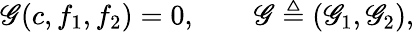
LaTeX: \mathscr{G}(c,f_{1},f_{2})=0,\qquad\mathscr{G}\triangleq(\mathscr{G}_{1},\mathscr{G}_{2}),